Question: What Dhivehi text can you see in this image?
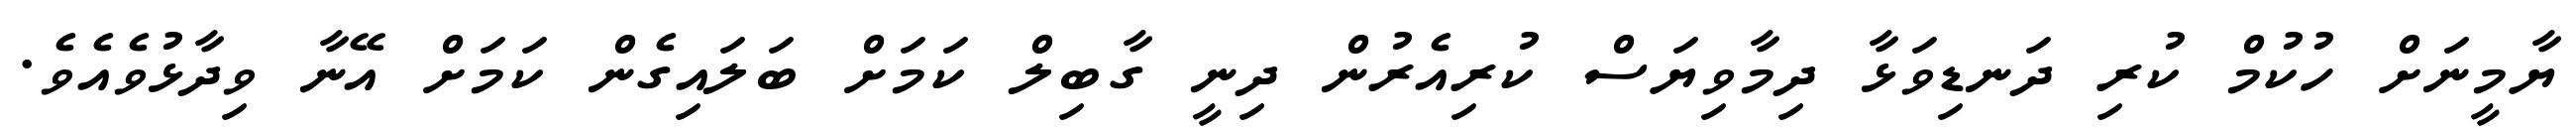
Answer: ޔާމީނަށް ހުކުމް ކުރި ދަނޑިވަޅާ ދިމާވިޔަސް ކުރިއެރުން ދިނީ ގާބިލް ކަމަށް ބަލައިގެން ކަމަށް އޭނާ ވިދާޅުވެއެވެ.